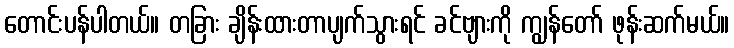
တောင်းပန်ပါတယ်။ တခြား ချိန်းထားတာပျက်သွားရင် ခင်ဗျားကို ကျွန်တော် ဖုန်းဆက်မယ်။